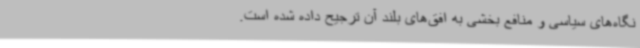
نگاه‌های سیاسی و منافع بخشی به افق‌های بلند آن ترجیح داده شده است.